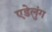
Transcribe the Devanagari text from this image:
एडेलुंग